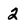
Character: 2